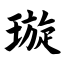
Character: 璇